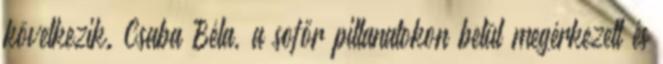
következik. Csaba Béla, a sofőr pillanatokon belül megérkezett és